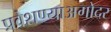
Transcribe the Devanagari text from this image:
प्रवेशण्याअगोदर